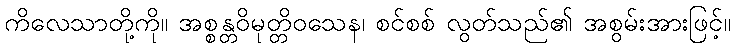
ကိလေသာတို့ကို။ အစ္စန္တဝိမုတ္တိဝသေန၊ စင်စစ် လွတ်သည်၏ အစွမ်းအားဖြင့်။